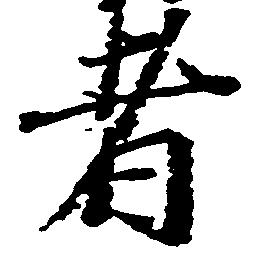
者